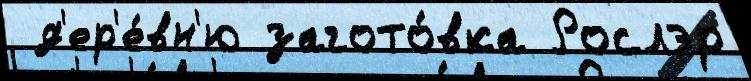
 д'ер'е́вн'ю загото́вка Рослэр